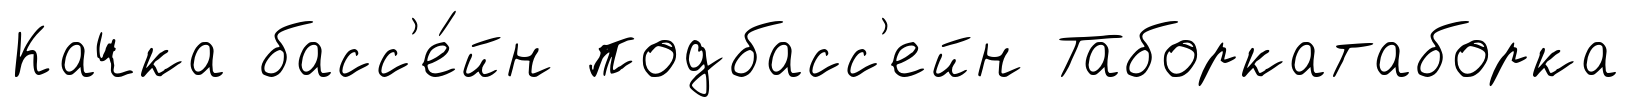
Качка басс'е́йн подбасс'ейн Таборкатаборка